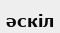
әскіл